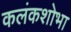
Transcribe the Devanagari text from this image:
कलंकशोभा